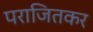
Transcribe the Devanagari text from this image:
पराजितकर